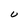
Character: U